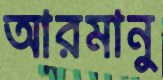
আরমানু